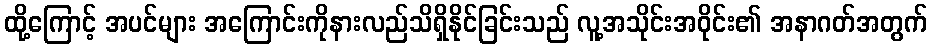
ထို့ကြောင့် အပင်များ အကြောင်းကိုနားလည်သိရှိနိုင်ခြင်းသည် လူ့အသိုင်းအဝိုင်း၏ အနာဂတ်အတွက်